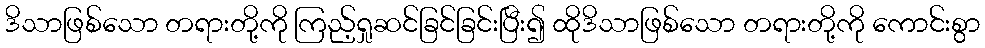
ဒိသာဖြစ်သော တရားတို့ကို ကြည့်ရှုဆင်ခြင်ခြင်းပြီး၍ ထိုဒိသာဖြစ်သော တရားတို့ကို ကောင်းစွာ